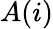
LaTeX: A(i)